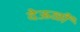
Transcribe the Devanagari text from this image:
देऊळीं